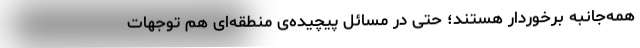
همه‌جانبه برخوردار هستند؛ حتی در مسائل پیچیده‌ی منطقه‌ای هم توجهات